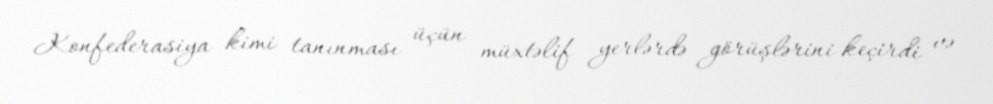
Konfederasiya kimi tanınması üçün müxtəlif yerlərdə görüşlərini keçirdi və